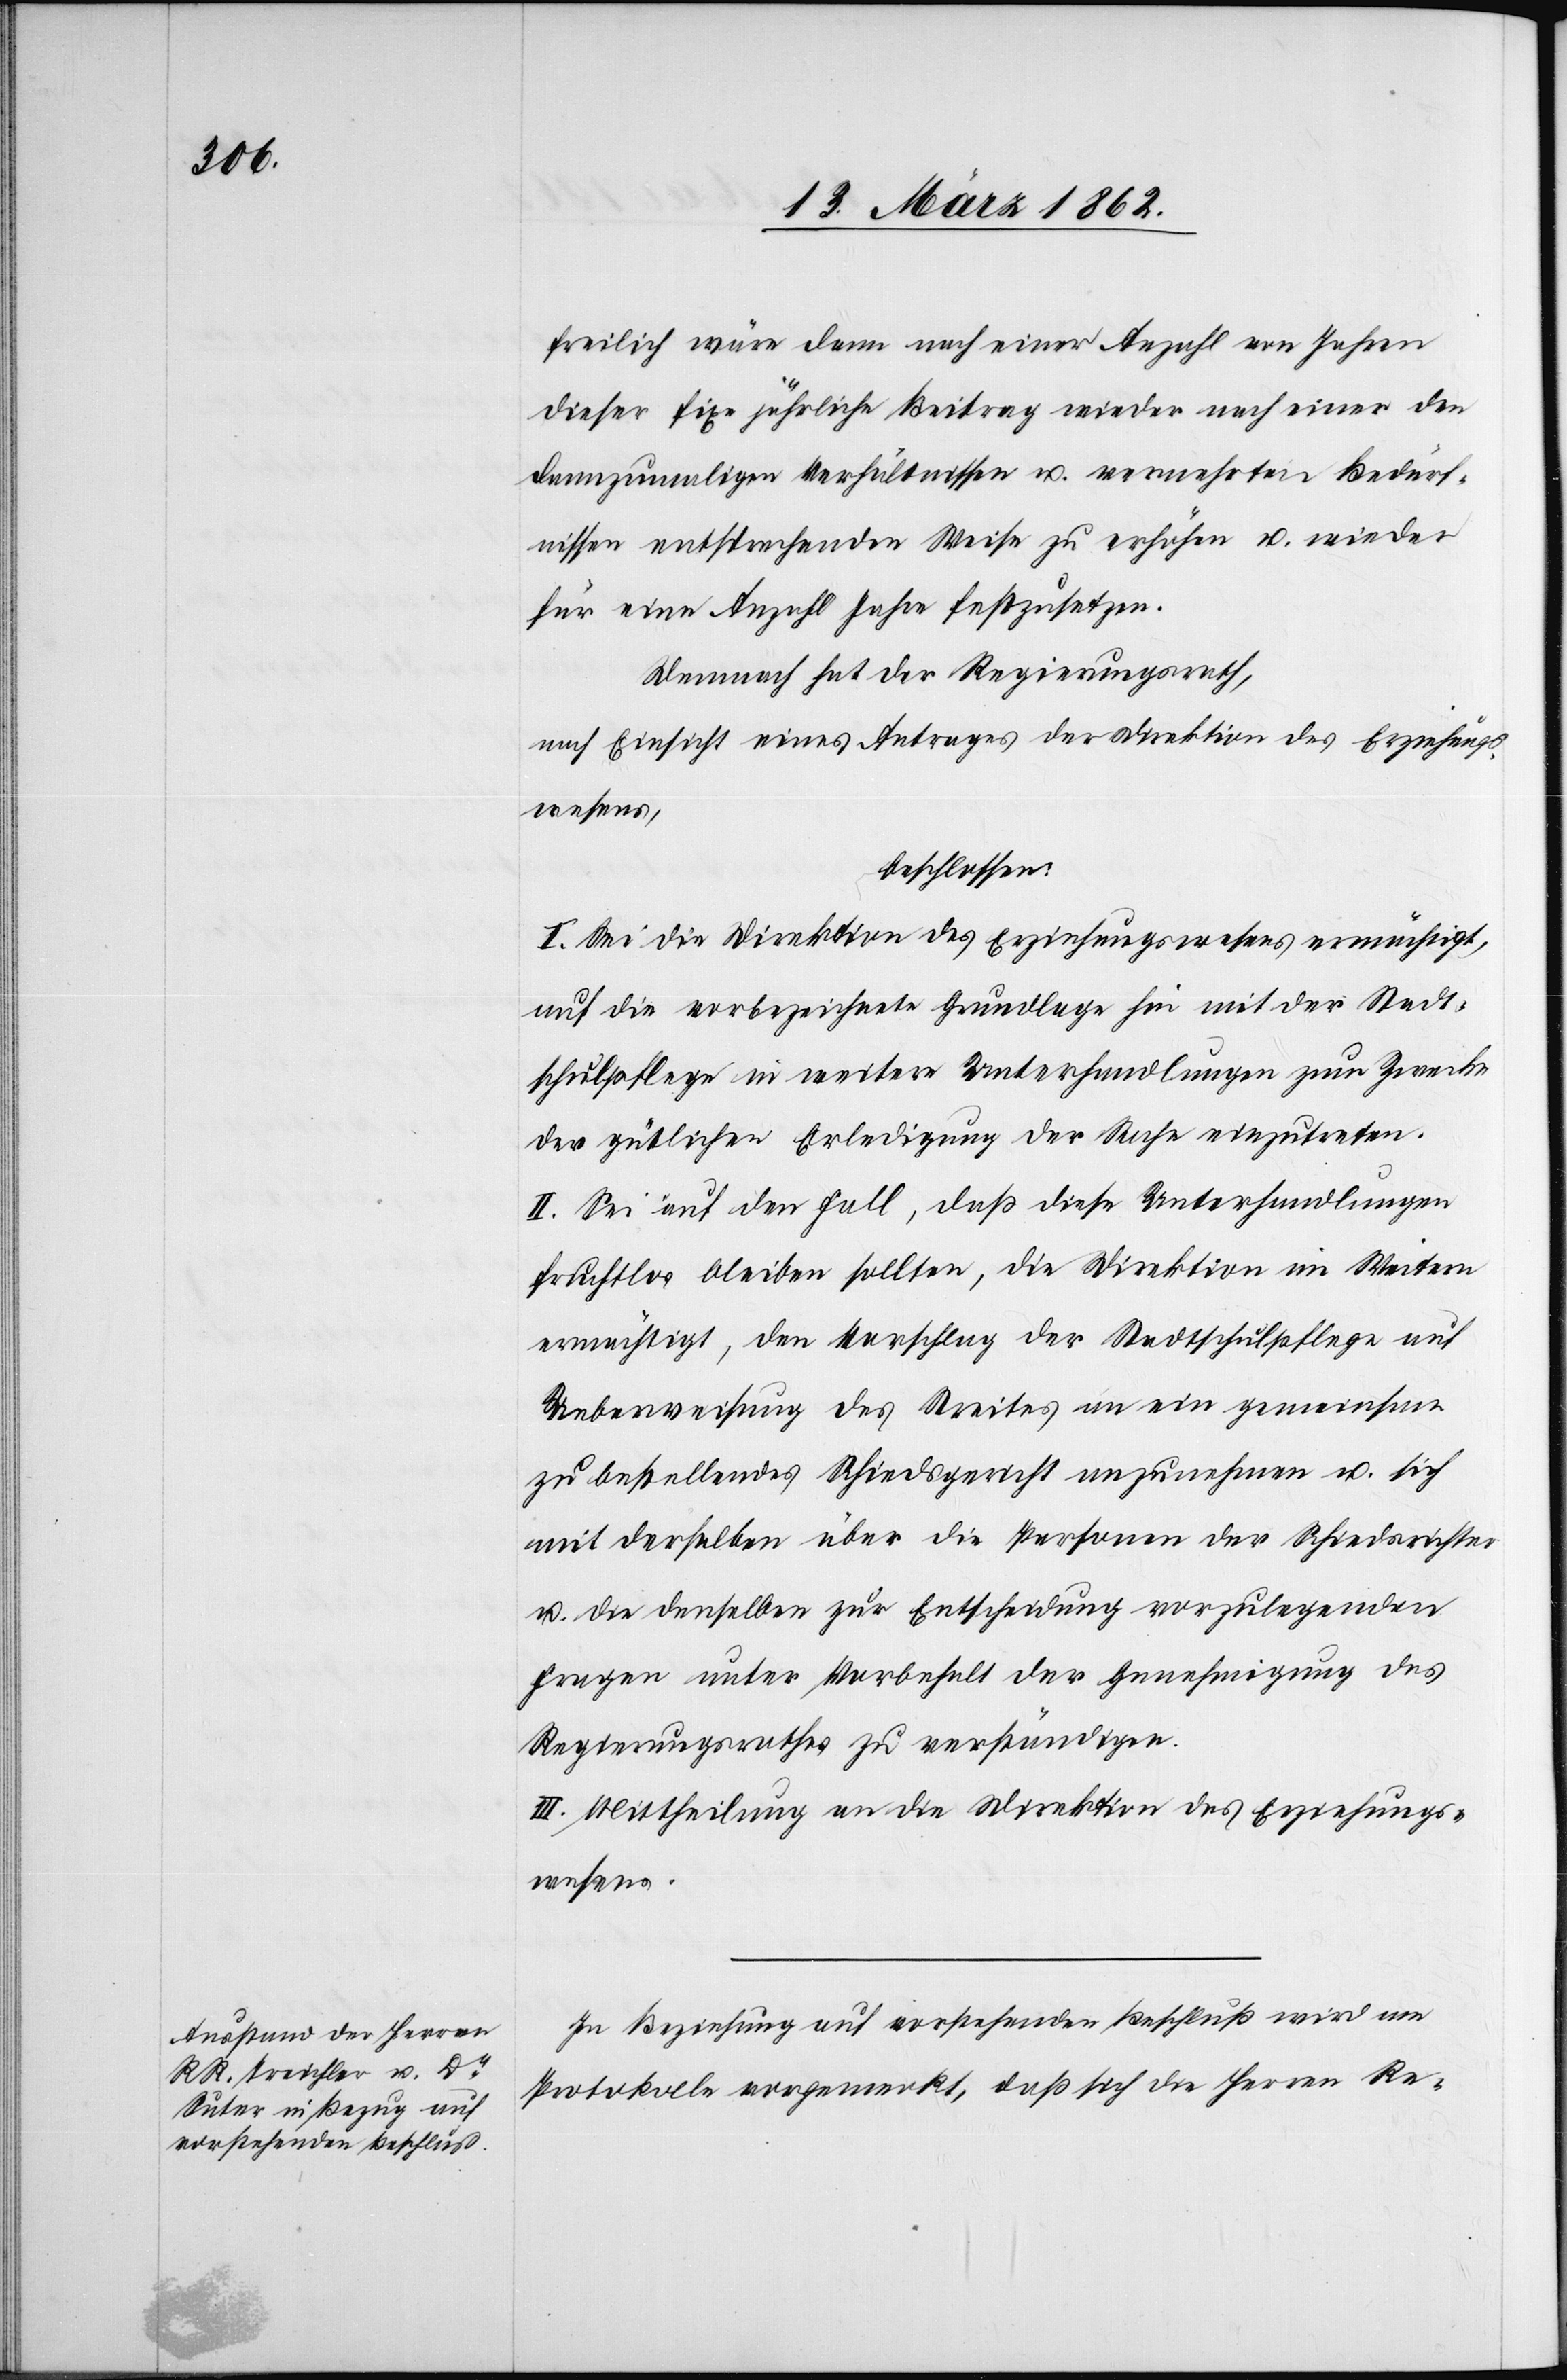
freilich wäre dann nach einer Anzahl von Jahren
dieser fixe jährliche Beitrag wieder nach einer den
dannzumaligen Verhältnissen u. vermehrten Bedürf¬
nissen entsprechenden Weise zu erhöhen u. wieder
für eine Anzahl Jahre festzusetzen.
Demnach hat der Regierungsrath,
nach Einsicht eines Antrages der Direktion des Erziehungs¬
wesens,
beschlossen:
I. Sei die Direktion des Erziehungswesens ermächtigt,
auf die vorbezeichnete Grundlage hin mit der Stadt¬
schulpflege in weitere Unterhandlungen zum Zwecke
der gütlichen Erledigung der Sachen einzutreten.
II. Sei auf den Fall, daß diese Unterhandlungen
fruchtlos bleiben sollten, die Direktion im Weitern
ermächtigt, den Vorschlag der Stadtschulpflege auf
Ueberweisung des Streites an ein gemeinsam
zu bestellendes Schiedsgericht anzunehmen u. sich
mit derselben über die Personen der Schiedsrichter
u. die denselben zur Entscheidung vorzulegenden
Fragen unter Vorbehalt der Genehmigung des
Regierungsrathes zu verständigen.
III. Mittheilung an die Direktion des Erziehungs¬
wesens.
In Beziehung auf vorstehenden Beschluß wird am
Protokolle vorgemerkt, daß sich die Herrn Re-